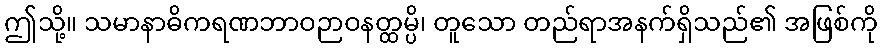
ဤသို့။ သမာနာဓိကရဏဘာဝဉာဝနတ္ထမ္ပိ၊ တူသော တည်ရာအနက်ရှိသည်၏ အဖြစ်ကို